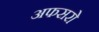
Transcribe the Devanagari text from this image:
अफसरो